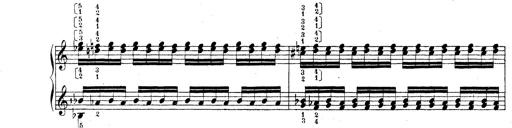
Title: Technische Studien
Composer: Franz Liszt